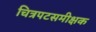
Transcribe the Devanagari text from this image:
चित्रपटसमीक्षक